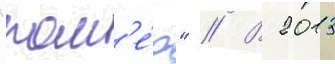
"ром'е́о" // В 2013